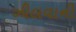
ઝીલવાની